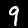
Label: 9